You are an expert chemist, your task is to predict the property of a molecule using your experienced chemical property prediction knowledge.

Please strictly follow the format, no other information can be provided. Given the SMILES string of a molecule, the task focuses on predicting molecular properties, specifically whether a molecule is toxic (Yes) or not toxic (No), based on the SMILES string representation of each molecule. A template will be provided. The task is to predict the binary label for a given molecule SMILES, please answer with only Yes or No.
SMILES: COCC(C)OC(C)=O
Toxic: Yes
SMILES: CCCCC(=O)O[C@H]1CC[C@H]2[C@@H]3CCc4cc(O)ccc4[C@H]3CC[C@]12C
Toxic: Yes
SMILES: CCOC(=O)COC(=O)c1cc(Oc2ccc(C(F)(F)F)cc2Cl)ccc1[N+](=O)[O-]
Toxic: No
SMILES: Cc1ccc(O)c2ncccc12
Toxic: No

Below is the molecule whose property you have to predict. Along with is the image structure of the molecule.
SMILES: O=C(O)c1ccccc1NCCc1ccccc1
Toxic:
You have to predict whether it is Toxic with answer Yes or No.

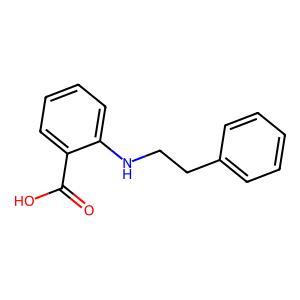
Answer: No